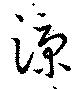
涼